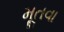
મૂતવા